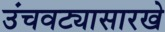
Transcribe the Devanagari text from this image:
उंचवट्यासारखे